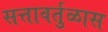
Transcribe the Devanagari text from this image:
सत्तावर्तुळास